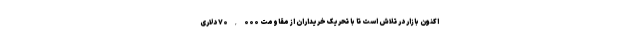
اکنون بازار در تلاش است تا با تحریک خریداران از مقاومت ۷۰,۰۰۰ دلاری